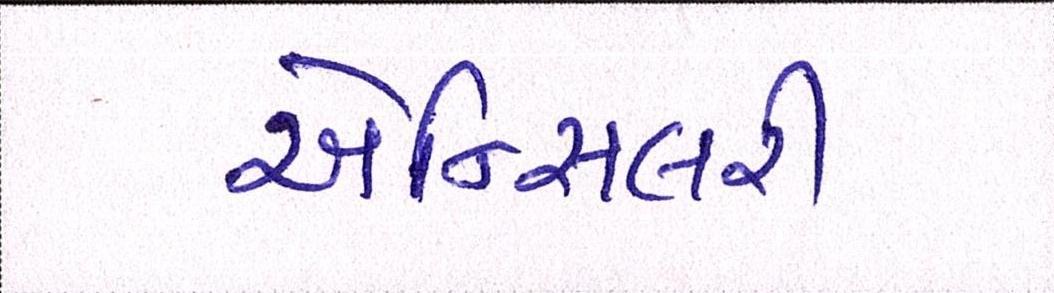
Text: એન્સિલરી